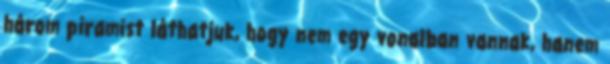
három piramist láthatjuk, hogy nem egy vonalban vannak, hanem